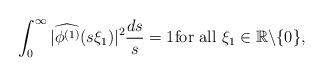
LaTeX: \begin{align*} \int_0^\infty |\widehat{\phi^{(1)}}(s\xi_1)|^2{ds\over s}=1\mbox{for all }\xi_1\in \Bbb{R}\backslash\{0\},\end{align*}